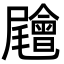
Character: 𡳳